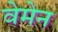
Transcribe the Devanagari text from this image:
वेमेन